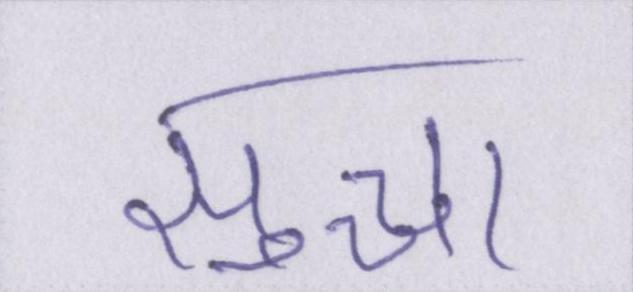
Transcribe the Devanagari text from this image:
सुच्चा